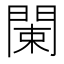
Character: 𨴨